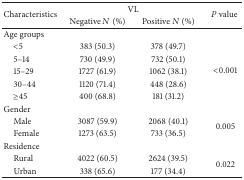
<table><thead><tr><td rowspan="2"><b>Characteristics </b></td><td colspan="2"><b>VL</b></td><td rowspan="2"><b><i>P</i> value </b></td></tr><tr><td><b>Negative <i>N</i> (%)</b></td><td><b>Positive <i>N</i> (%)</b></td></tr></thead><tbody><tr><td>Age groups</td><td> </td><td> </td><td> </td></tr><tr><td> &lt;5</td><td>383 (50.3)</td><td>378 (49.7)</td><td rowspan="5">&lt;0.001</td></tr><tr><td> 5–14</td><td>730 (49.9)</td><td>732 (50.1)</td></tr><tr><td> 15–29</td><td>1727 (61.9)</td><td>1062 (38.1)</td></tr><tr><td> 30–44</td><td>1120 (71.4)</td><td>448 (28.6)</td></tr><tr><td> ≥45</td><td>400 (68.8)</td><td>181 (31.2)</td></tr><tr><td>Gender </td><td> </td><td> </td><td> </td></tr><tr><td> Male </td><td>3087 (59.9)</td><td>2068 (40.1)</td><td rowspan="2">0.005</td></tr><tr><td> Female </td><td>1273 (63.5)</td><td>733 (36.5)</td></tr><tr><td>Residence </td><td> </td><td> </td><td> </td></tr><tr><td> Rural </td><td>4022 (60.5)</td><td>2624 (39.5)</td><td rowspan="2">0.022</td></tr><tr><td> Urban</td><td>338 (65.6)</td><td>177 (34.4)</td></tr></tbody></table>